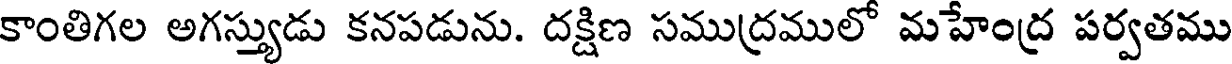
కాంతిగల అగస్త్యుడు కనపడును. దక్షిణ సముద్రములో మహేంద్ర పర్వతము